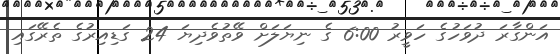
އަންގާރަ ދުވަހުގެ ހަވީރު 6:00 ގެ ނިޔަލަށް ވޭތުވެދިޔަ 24 ގަޑިއިރުގެ ތެރޭގައި